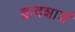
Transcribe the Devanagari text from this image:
द्वादशाशं